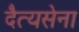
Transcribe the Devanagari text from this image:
दैत्यसेना